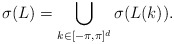
\begin{align*}\sigma(L)=\bigcup_{k \in [-\pi, \pi]^d}\sigma(L(k)).\end{align*}